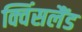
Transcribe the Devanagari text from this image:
क्विंसलैंड